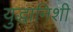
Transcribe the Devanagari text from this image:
युद्धानिशी